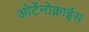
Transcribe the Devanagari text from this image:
ओर्टेनोक्राईस